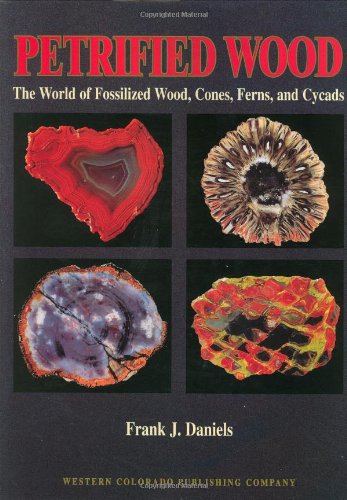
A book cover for Petrified Wood: The World of Fossilized Wood, Cones, Ferns, and Cycads; Frank J. Daniels; Science & Math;